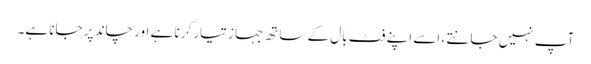
آپ نہیں جانتے ، اسے اپنے فٹ بال کے ساتھ جہاز تیار کرنا ہے اور چاند پر جانا ہے۔